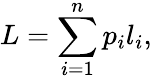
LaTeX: L=\sum_{i=1}^{n}p_{i}l_{i},